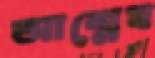
আশ্লেষ